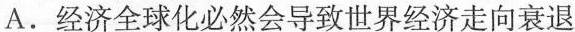
A. 经济全球化必然会导致世界经济走向衰退